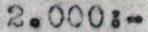
2.000:-